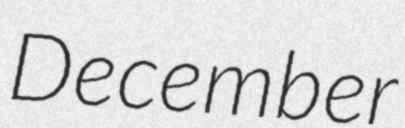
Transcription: December